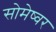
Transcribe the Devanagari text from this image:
सोमेष्वर